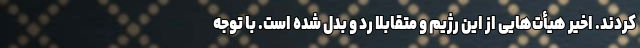
کردند. اخیر هیأت‌هایی از این رژیم و متقابلا رد و بدل شده است. با توجه